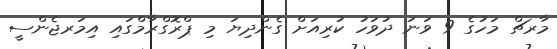
މާރޗް މަހުގެ 9 ވަނަ ދުވަހު ކުރިއަށް ގެންދިޔަ މި ޕްރޮގްރާމްގައި އިމަރޖެންސީ